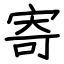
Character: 寄